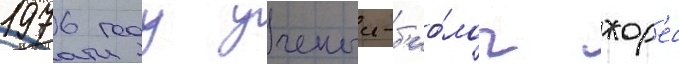
1976 году ученыи-б'ио́лог жор'ес